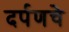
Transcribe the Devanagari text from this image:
दर्पणचे